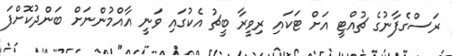
ރަސްގެފާނުގެ ޗުއްޓީ އަށް ޓަކައި ރިވީރާ ބީޗު އެކުގައި ވަނީ އާއްމުންނަށް ބަންދުކޮށްފަ